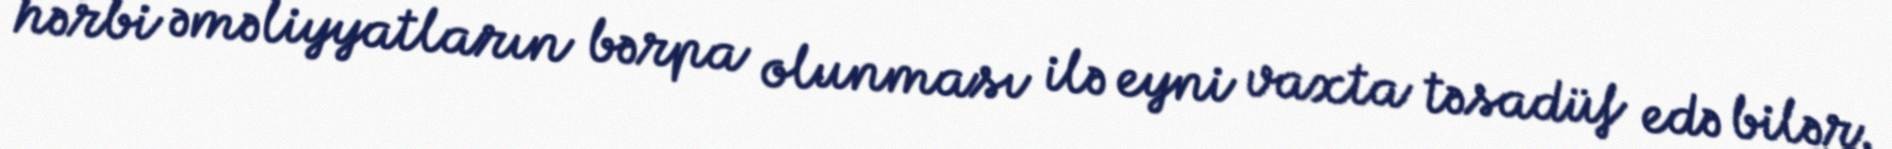
hərbi əməliyyatların bərpa olunması ilə eyni vaxta təsadüf edə bilər.